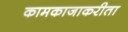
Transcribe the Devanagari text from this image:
कामकाजाकरीता